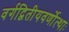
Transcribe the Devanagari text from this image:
वर्गद्वितीयवर्णोत्थाः